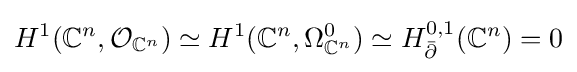
H^{1}(\mathbb {C} ^{n},{\mathcal {O}}_{\mathbb {C} ^{n}})\simeq H^{1}(\mathbb {C} ^{n},\Omega _{\mathbb {C} ^{n}}^{0})\simeq H_{\bar {\partial }}^{0,1}(\mathbb {C} ^{n})=0